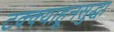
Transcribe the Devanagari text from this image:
टक्क्याहूनसुद्धा